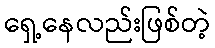
ရှေ့နေလည်းဖြစ်တဲ့